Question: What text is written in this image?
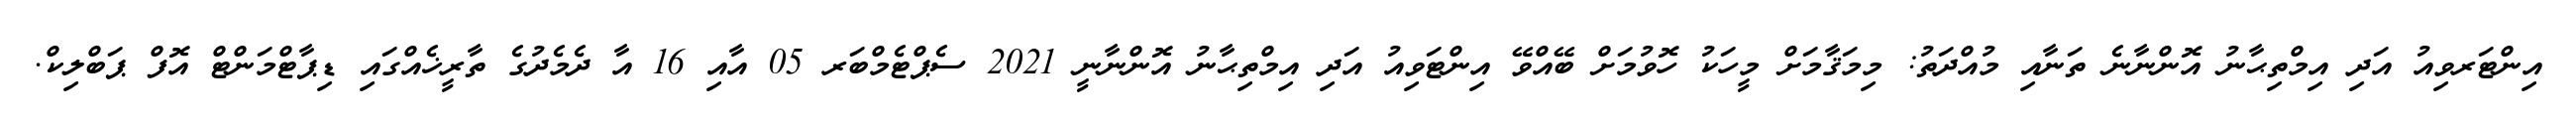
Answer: އިންޓަރވިއު އަދި އިމްތިޙާނު އޮންނާނެ ތަނާއި މުއްދަތު: މިމަޤާމަށް މީހަކު ހޮވުމަށް ބޭއްވޭ އިންޓަވިއު އަދި އިމްތިޙާނު އޮންނާނީ 2021 ސެޕްޓެމްބަރ 05 އާއި 16 އާ ދެމެދުގެ ތާރީޚެއްގައި ޑިޕާޓްމަންޓް އޮފް ޕަބްލިކް.